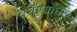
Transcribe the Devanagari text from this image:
चनण्याँघट